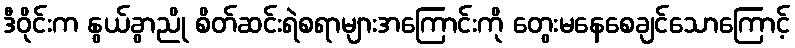
ဒီဝိုင်းက နွယ်ခွာညို စိတ်ဆင်းရဲစရာများအကြောင်းကို တွေးမနေစေချင်သောကြောင့်